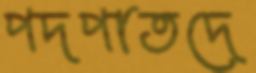
পদপাতদে